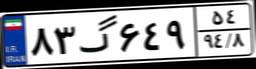
۸۷گ۱۲۸۶۹